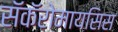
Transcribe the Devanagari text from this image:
सॅकॅरोमायसिस